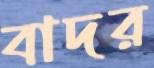
বাদর